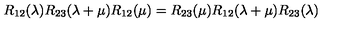
R _ { 1 2 } ( \lambda ) R _ { 2 3 } ( \lambda + \mu ) R _ { 1 2 } ( \mu ) = R _ { 2 3 } ( \mu ) R _ { 1 2 } ( \lambda + \mu ) R _ { 2 3 } ( \lambda )